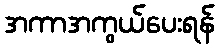
အကာအကွယ်ပေးရန်